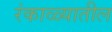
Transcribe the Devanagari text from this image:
रंकाळ्यातील